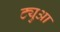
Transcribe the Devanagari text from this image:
ट्युआ